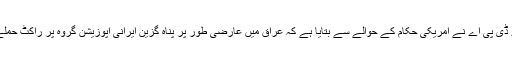
خبر رساں ادارے ڈی پی اے نے امریکی حکام کے حوالے سے بتایا ہے کہ عراق میں عارضی طور پر پناہ گزین ایرانی اپوزیشن گروہ پر راکٹ حملے قابل مذمت ہیں۔